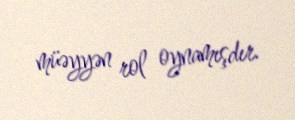
müəyyən rol oynamışdır.